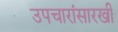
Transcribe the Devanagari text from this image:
उपचारांसारखी